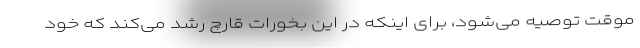
موقت توصیه می‌شود، برای اینکه در این بخورات قارچ رشد می‌کند که خود